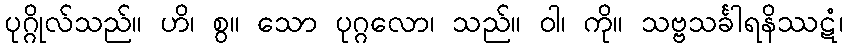
ပုဂ္ဂိုလ်သည်။ ဟိ၊ စွ။ သော ပုဂ္ဂလော၊ သည်။ ဝါ၊ ကို။ သဗ္ဗသင်္ခါရနိဿဋံ၊